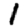
Digit: 1